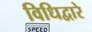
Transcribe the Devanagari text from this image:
विधिद्वारे